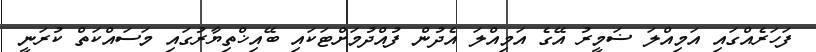
ފަހަރެއްގައި އަމިއްލަ ޟަމީރު އޭގެ އަމިއްލަ އެދުން ފުއްދުމަށްޓަކައި ބޭއިޚްތިޔާރުގައި މަސައްކަތް ކުރަނީ